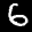
Label: 6